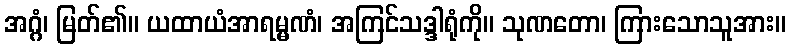
အဂ္ဂံ၊ မြတ်၏။ ယထာယံအာရမ္မဏံ၊ အကြင်သဒ္ဒါရုံကို။ သုဏတော၊ ကြားသောသူအား။